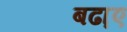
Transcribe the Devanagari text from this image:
बढा़ए